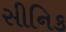
સીનિક